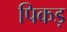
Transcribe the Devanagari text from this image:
पिकड़